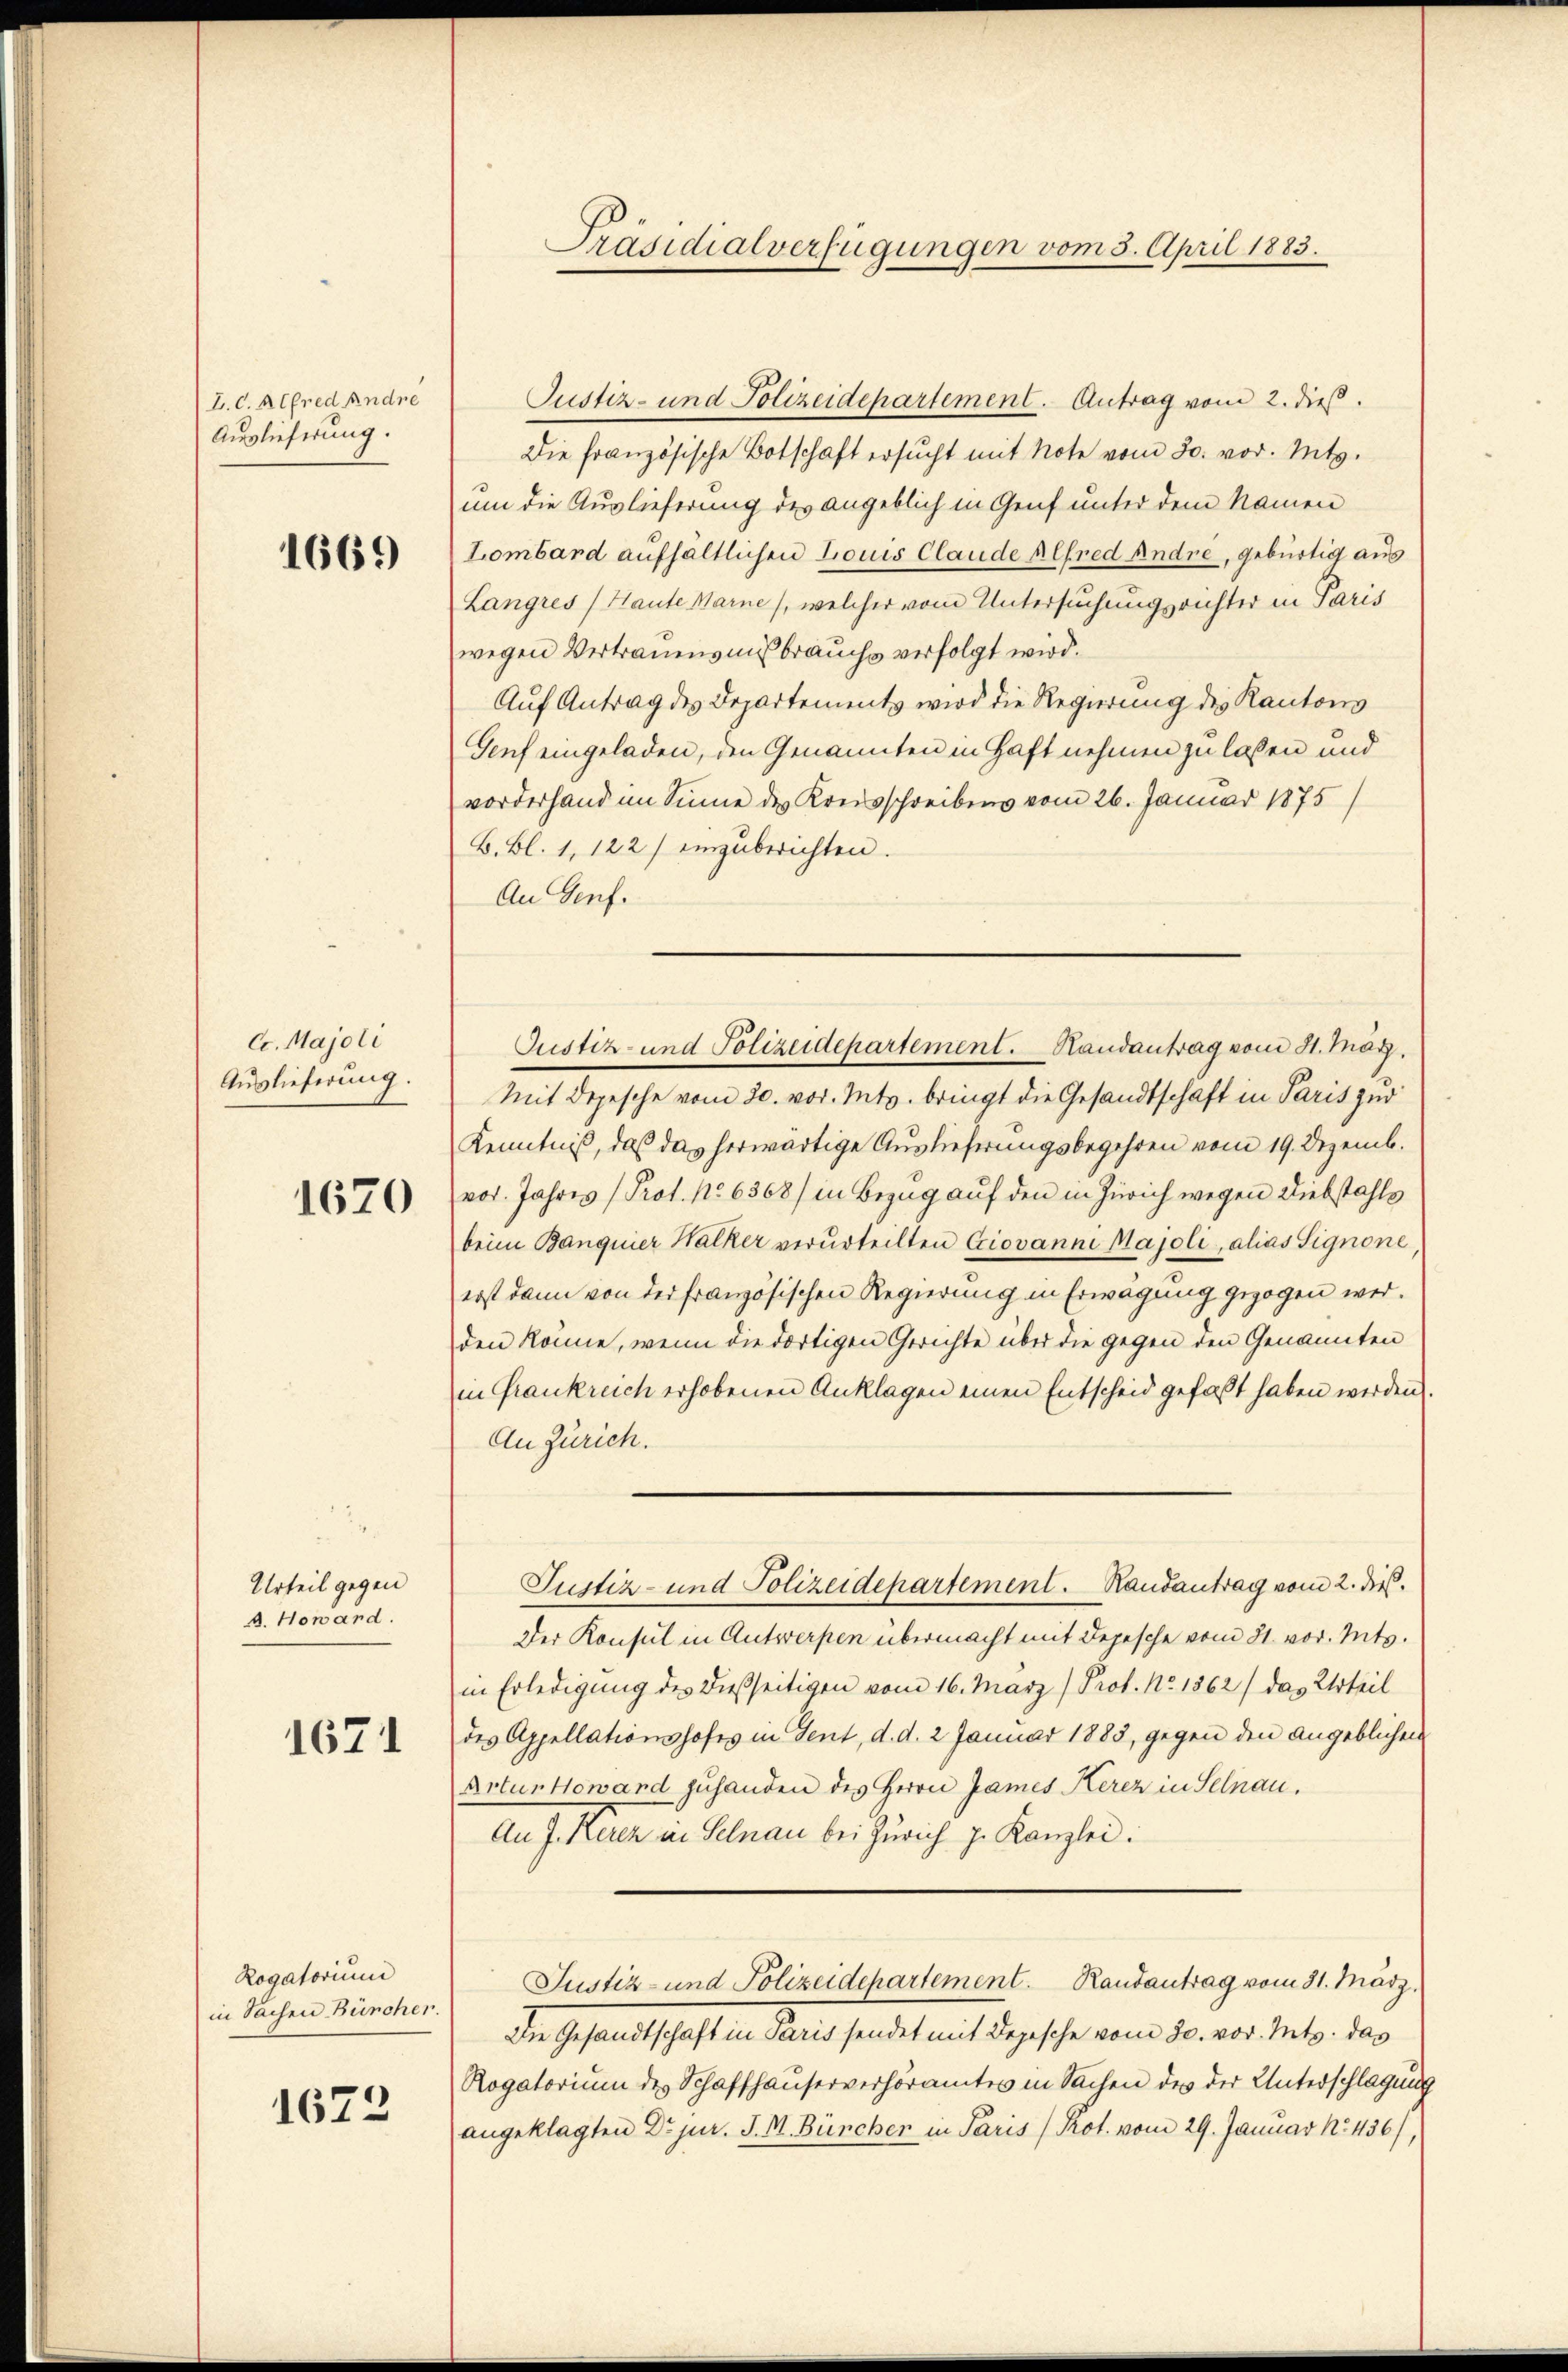
Z. C. Alfred andre
Auslieferung.

1669

C. Majoli
Auslieferung.

1670

Urteil gegen
A. Noward.

1671

Rogatorium
in Sachen Bürcher.

1672

Justiz- und Polizeidepartement. Handantrag vom 31. März,

Präsidialverfügungen vom 3. April 1883.

Justiz- und Polizeidepartement. Antrag vom 2. dieß.
Die französische Botschaft ersucht mit Note vom 30. vor. Mts.
um die Auslieferung des angeblich in Genf unter dem Namen
Lombard aufhältlichen Louis Claude Alfred Andre, gebürtig aus
Langres Haute Warne), welcher vom Untersuchungsrichter in Paris
wegen Vertrauensmissbrauchs verfolgt wird.
Auf Antrag des Departements wird die Regierung des Kantons
Genf eingeladen, den Genannten in Haft nehmen zu lassen und
vorderhand im Sinne des Kreisschreibens vom 26. Januar 1875/
B. Bl. 1, 122) einzŭberichten.
An Genf.
Mit Depesche vom 20. vor. Mts. bringt die Gesandtschaft in Paris zur
Kenntniß, daß das herwärtige Auslieferungsbegehren vom 19. Dezemb.
vor. Jahres (Prot. No 6368) in Bezug auf den in Zürich wegen Diebstahls
beim Banquier Hacker verurteilten Giovanni Majoli, alias Signone
erst dann von der französischen Regierung in Erwägung gezogen werden könne, wenn die dortigen Gerichte über die gegen den Genannten
in Frankreich erhobenen Anklagen einen Entscheid gefaßt haben werden.
An Zürich.
Justiz- und Polizeidepartement. Randantrag vom 2. dieß.
Der Konsul in Antwerpen übermacht mit Depesche vom 21. vor. Mts.
in Erledigung des dießseitigen vom 16. März) Prof. No. 1862) das Urteil
des Appellationshofes in Tent, d. d. 2 Januar 1885, gegen den angeblichen
Artushowand zuhanden des Herrn James Kerez in Selnau.
An J. Kerez in Selnau bei Zürich J. Kanzlei:
Justiz- und Polizeidepartement. Randantrag vom 31. März.
Die Gesandtschaft in Paris sendet mit Depesche vom 30. vor. Mts. das
Rogatorium des Schaffhauserverhöramtes in Sachen des der Unterschlagung
angeklagten Dr jur. J. M. Büncher in Paris (Kot. vom 29. Januar No 436/,